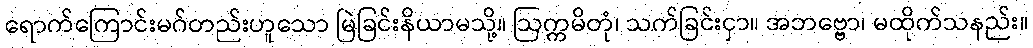
ရောက်ကြောင်းမဂ်တည်းဟူသော မြဲခြင်းနိယာမသို့။ ဩက္ကမိတုံ၊ သက်ခြင်းငှာ။ အဘဗ္ဗော၊ မထိုက်သနည်း။